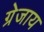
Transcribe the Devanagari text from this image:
ग्रेजाय